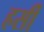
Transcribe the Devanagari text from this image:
हर्सी